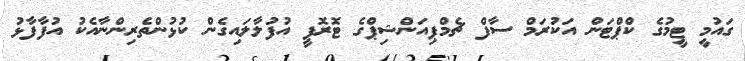
ގައުމީ ޓީމުގެ ކްޕްޓަން އަކުރަމް ސާފް ޗެމްޕިއަންޝިޕްގެ ޓޮރޮފީ އުފުލާލައިގެން ކުޅުންތެރިންނާއެކު އުފާފާޅު